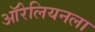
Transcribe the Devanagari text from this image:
ऑरेलियनला